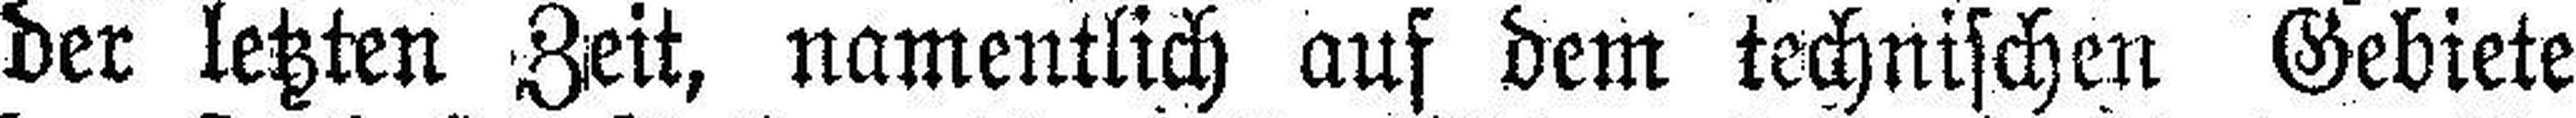
der letzten Zeit, namentlich auf dem technischen Gebiete